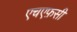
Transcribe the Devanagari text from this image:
एचएफ़सी